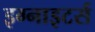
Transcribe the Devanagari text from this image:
इग्नाइटर्स